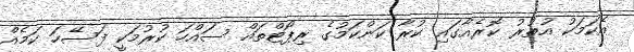
އެކަމަކު އުތުރު ކޮރެއާގައި ކުރާ ކަންކަމުގެ ރިޕޯޓްތައް ސައްހަ ކުރުމަކީ ފަސޭހަ ކަމެއް